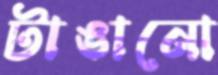
টাঙানো